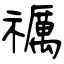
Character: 禲